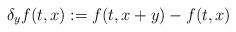
LaTeX: \begin{align*} \delta_y f(t, x) := f(t, x+y) - f(t, x)\end{align*}